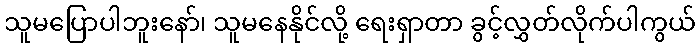
သူမပြောပါဘူးနော်၊ သူမနေနိုင်လို့ ရေးရှာတာ ခွင့်လွှတ်လိုက်ပါကွယ်